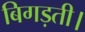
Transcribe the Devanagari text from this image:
बिगड़ती।